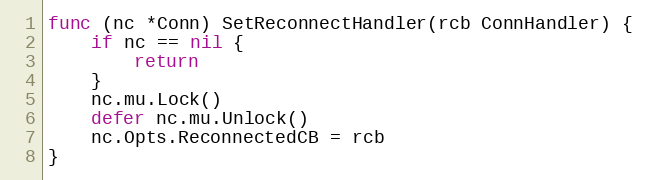
Language: Go
func (nc *Conn) SetReconnectHandler(rcb ConnHandler) {
	if nc == nil {
		return
	}
	nc.mu.Lock()
	defer nc.mu.Unlock()
	nc.Opts.ReconnectedCB = rcb
}